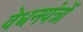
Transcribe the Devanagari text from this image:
वेधनयंत्रों